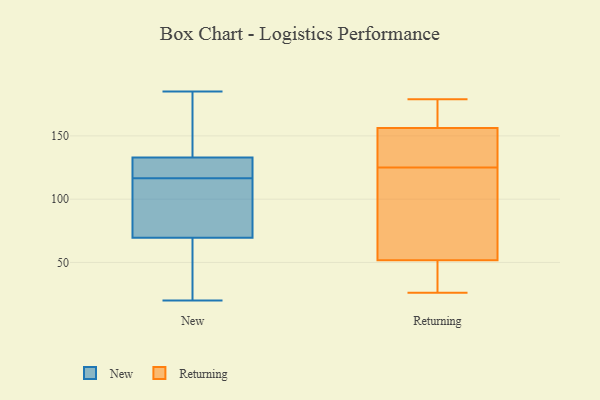
{"axis": {"x": "Backlog", "y": "Value"}, "legend": ["New", "Returning"], "data": [{"x": "", "y": 129, "type": "New"}, {"x": "", "y": 76, "type": "New"}, {"x": "", "y": 78, "type": "New"}, {"x": "", "y": 134, "type": "New"}, {"x": "", "y": 20, "type": "New"}, {"x": "", "y": 57, "type": "New"}, {"x": "", "y": 164, "type": "New"}, {"x": "", "y": 109, "type": "New"}, {"x": "", "y": 124, "type": "New"}, {"x": "", "y": 185, "type": "New"}, {"x": "", "y": 63, "type": "New"}, {"x": "", "y": 132, "type": "New"}, {"x": "", "y": 157, "type": "Returning"}, {"x": "", "y": 26, "type": "Returning"}, {"x": "", "y": 156, "type": "Returning"}, {"x": "", "y": 51, "type": "Returning"}, {"x": "", "y": 135, "type": "Returning"}, {"x": "", "y": 43, "type": "Returning"}, {"x": "", "y": 179, "type": "Returning"}, {"x": "", "y": 125, "type": "Returning"}, {"x": "", "y": 151, "type": "Returning"}, {"x": "", "y": 52, "type": "Returning"}, {"x": "", "y": 177, "type": "Returning"}, {"x": "", "y": 86, "type": "Returning"}, {"x": "", "y": 85, "type": "Returning"}]}